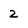
Character: 2